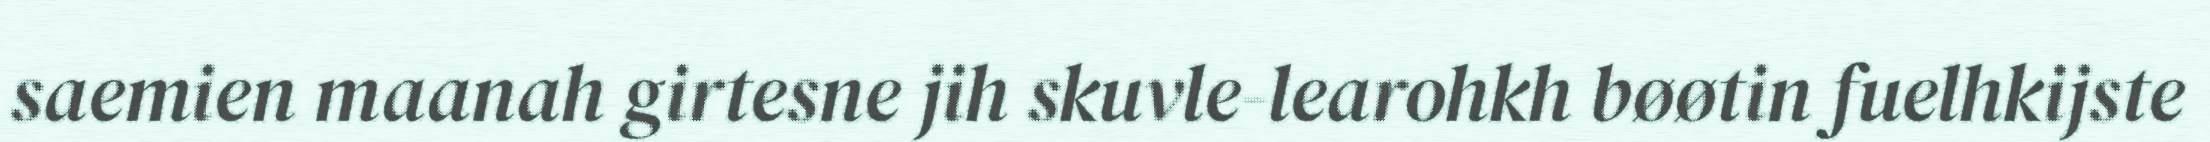
saemien maanah girtesne jih skuvle-learohkh bøøtin fuelhkijste